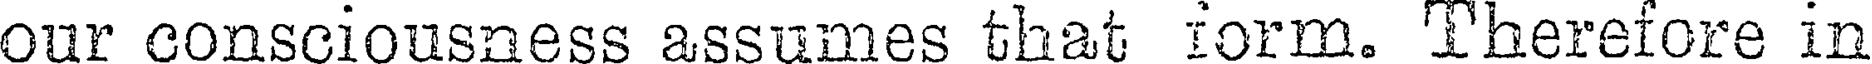
our consciousness assumes that form. Therefore in